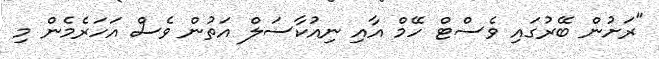
"ރަށުން ބޭރުގައި ވެސްޓް ހޭމް އާއި ނިއުކާސަލް އަތުން ވެސް އަހަރެމެން މި